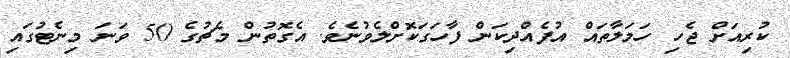
ކުރިއަށް ޖެހި ހަމަލާތައް އުފެއްދިކަން ފާހަގަކޮށްލެވުނެވެ. އެގޮތުން މެޗުގެ 50 ވަނަ މިނެޓުގައި